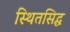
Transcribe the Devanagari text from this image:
स्थितसिद्ध